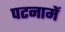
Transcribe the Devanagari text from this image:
पटनामें